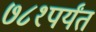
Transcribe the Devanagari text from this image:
७८१पर्यंत